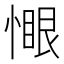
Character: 𫺻